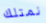
نمتلك